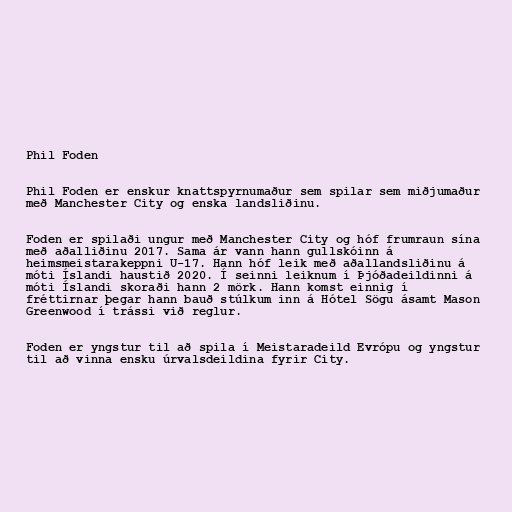
Phil Foden

Phil Foden er enskur knattspyrnumaður sem spilar sem miðjumaður
með Manchester City og enska landsliðinu.

Foden er spilaði ungur með Manchester City og hóf frumraun sína
með aðalliðinu 2017. Sama ár vann hann gullskóinn á
heimsmeistarakeppni U-17. Hann hóf leik með aðallandsliðinu á
móti Íslandi haustið 2020. Í seinni leiknum í Þjóðadeildinni á
móti Íslandi skoraði hann 2 mörk. Hann komst einnig í
fréttirnar þegar hann bauð stúlkum inn á Hótel Sögu ásamt Mason
Greenwood í trássi við reglur.

Foden er yngstur til að spila í Meistaradeild Evrópu og yngstur
til að vinna ensku úrvalsdeildina fyrir City.